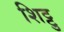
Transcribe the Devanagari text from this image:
शिट्टु